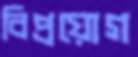
বিপ্রয়োগ